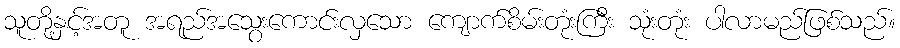
သူတို့နှင့်အတူ အရည်အသွေးကောင်းလှသော ကျောက်စိမ်းတုံးကြီး သုံးတုံး ပါလာမည်ဖြစ်သည်။